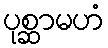
ပုစ္ဆာမဟံ